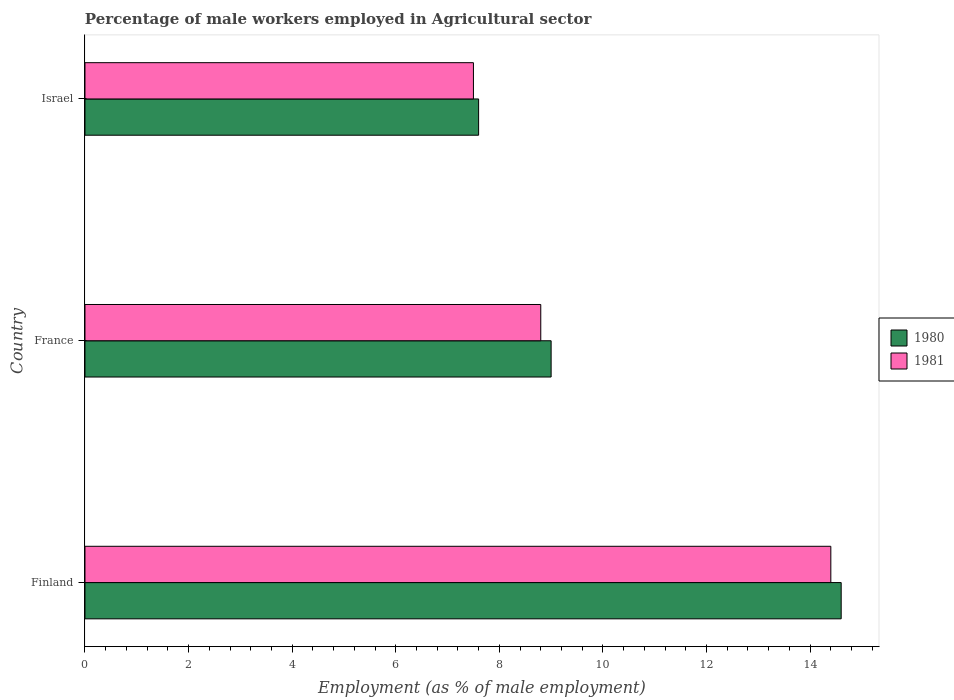
| Country | 1980 | 1981 |
 | --- | --- | --- |
 | Finland | 14.6 | 14.4 |
 | France | 9 | 8.8 |
 | Israel | 7.6 | 7.5 |